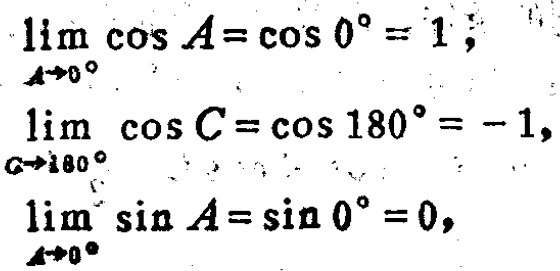
\[
\begin{align*}
\lim_{A \to 0^{\circ}} \cos A&=\cos 0^{\circ}=1;\\
\lim_{C \to 180^{\circ}} \cos C&=\cos 180^{\circ}=-1,\\
\lim_{A \to 0^{\circ}} \sin A&=\sin 0^{\circ}=0,
\end{align*}
\]